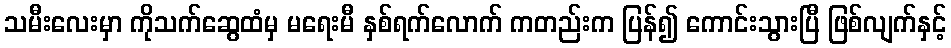
သမီးလေးမှာ ကိုသက်ဆွေထံမှ မရေးမီ နှစ်ရက်လောက် ကတည်းက ပြန်၍ ကောင်းသွားပြီ ဖြစ်လျက်နှင့်